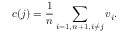
c ( j ) = \frac { 1 } { n } \sum _ { i = 1 , n + 1 , i \neq j } v _ { i } .